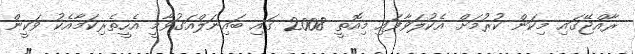
ރާއްޖޭގައި މިކަން ކުރުމަށް އެކުލަވާފައި މިއޮތީ 2008 ގައި ބައިނަލްއަގުވާމީ އެހީތެރިކަމާއެކު ވަކީން